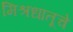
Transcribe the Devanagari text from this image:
मिश्रधातूचे